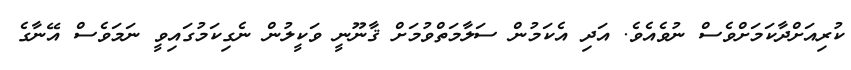
ކުރިއަށްދާކަމަށްވެސް ނުވެއެވެ. އަދި އެކަމުން ސަލާމަތްވުމަށް ޤާނޫނީ ވަކީލުން ނެގިކަމުގައިވީ ނަމަވެސް އޭނާގެ